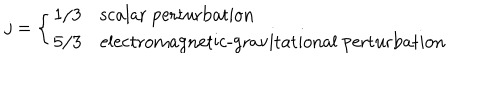
j = \left\{ \begin{array} { c l } { { 1 / 3 } } & { { \textrm { s c a l a r p e r t u r b a t i o n } } } \\ { { 5 / 3 } } & { { \textrm { e l e c t r o m a g n e t i c - g r a v i t a t i o n a l p e r t u r b a t i o n } } } \\ \end{array} \right.